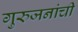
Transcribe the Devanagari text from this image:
गुरुजनांची